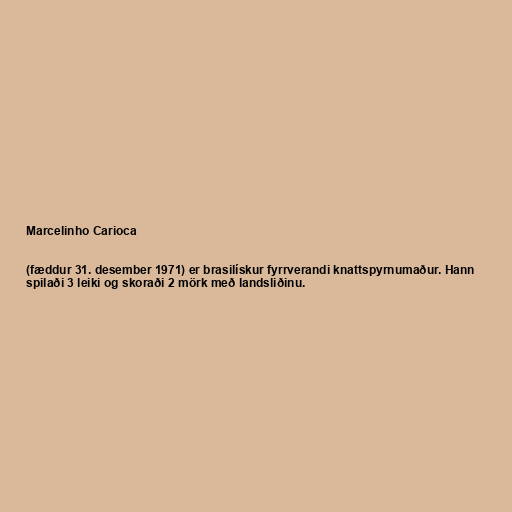
Marcelinho Carioca

(fæddur 31. desember 1971) er brasilískur fyrrverandi knattspyrnumaður. Hann
spilaði 3 leiki og skoraði 2 mörk með landsliðinu.